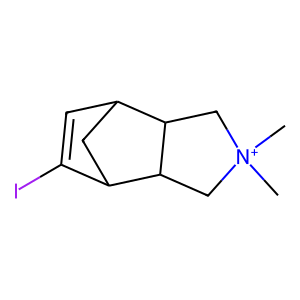
SMILES: C[N+]1(C)CC2C3C=C(I)C(C3)C2C1
Inhibits HIV replication: No